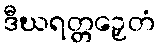
ဒီဃရတ္တဉှေတံ